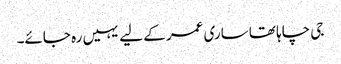
جی چاہا تھا ساری عمر کے لیے یہیں رہ جائے۔